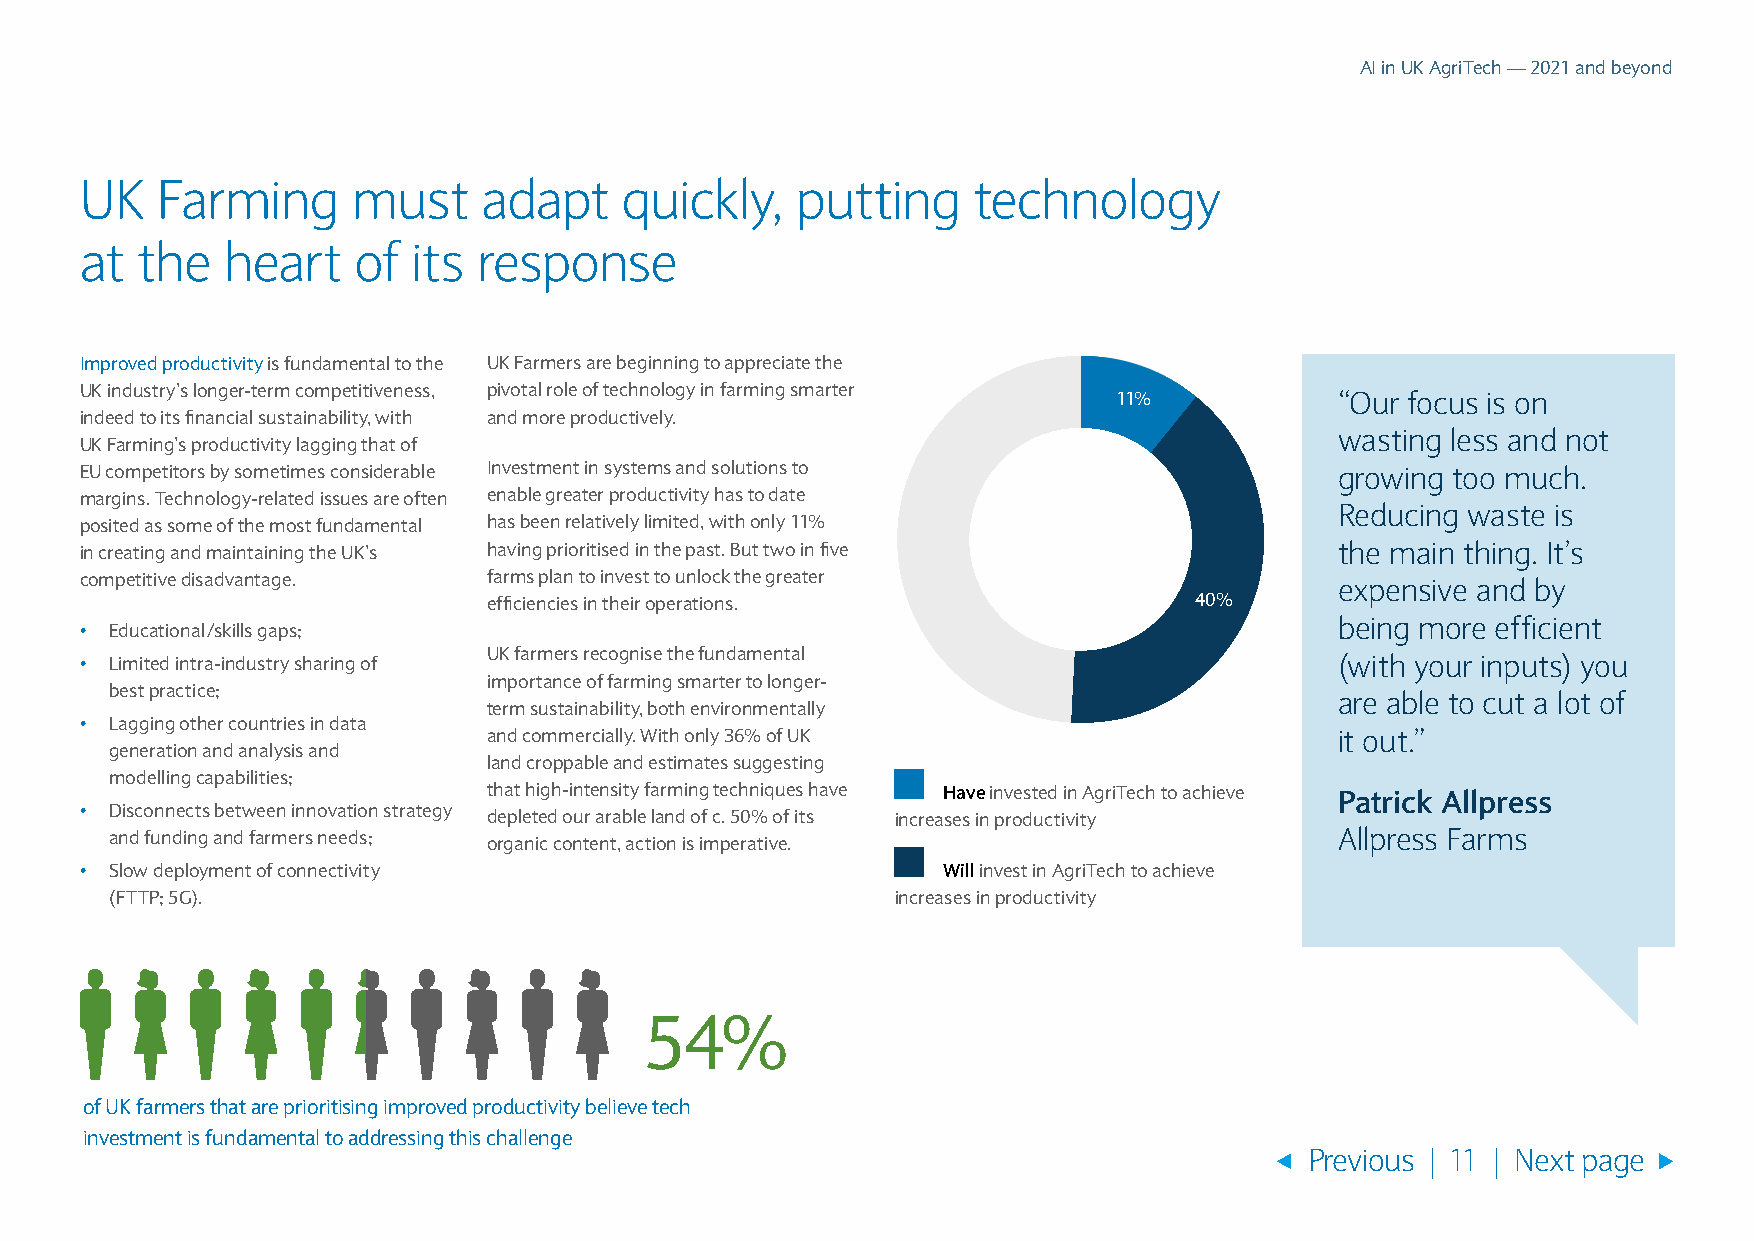
AI in UK AgriTech — 2021 and beyond
 UK   Farming      must     adapt    quickly,    putting    technology
 at  the   heart   of  its  response
 Improved productivity is fundamental to the UK Farmers are beginning to appreciate the
 UK industry’s longer-term competitiveness, pivotal role of technology in farming smarter
 11%            “Our focus is on
 indeed to its financial sustainability, with and more productively.
 wasting less and not
 UK Farming’s productivity lagging that of
 EU competitors by sometimes considerable Investment in systems and solutions to     growing too much.
 margins. Technology-related issues are often enable greater productivity has to date
 Reducing waste is
 posited as some of the most fundamental has been relatively limited, with only 11%
 in creating and maintaining the UK’s having prioritised in the past. But two in five the main thing. It’s
 competitive disadvantage.  farms plan to invest to unlock the greater               expensive and by
 efficiencies in their operations.              40%
 being more efficient
 • Educational/skills gaps;
 UK farmers recognise the fundamental
 • Limited intra-industry sharing of                                                 (with your inputs) you
 importance of farming smarter to longer-
 best practice;
 are able to cut a lot of
 term sustainability, both environmentally
 • Lagging other countries in data
 and commercially. With only 36% of UK                    it out.”
 generation and analysis and
 land croppable and estimates suggesting
 modelling capabilities;
 that high-intensity farming techniques have Have invested in AgriTech to achieve Patrick Allpress
 • Disconnects between innovation strategy depleted our arable land of c. 50% of its increases in productivity
 and funding and farmers needs; organic content, action is imperative.             Allpress Farms
 • Slow deployment of connectivity                        Will invest in AgriTech to achieve
 (FTTP; 5G).                                         increases in productivity
 54%
 of UK farmers that are prioritising improved productivity believe tech
 investment is fundamental to addressing this challenge
 Previous | 11 | Next page